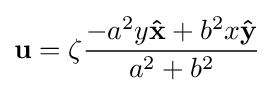
\mathbf {u} =\zeta {\frac {-a^{2}y\mathbf {\hat {x}} +b^{2}x\mathbf {\hat {y}} }{a^{2}+b^{2}}}